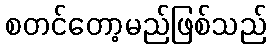
စတင်တော့မည်ဖြစ်သည်